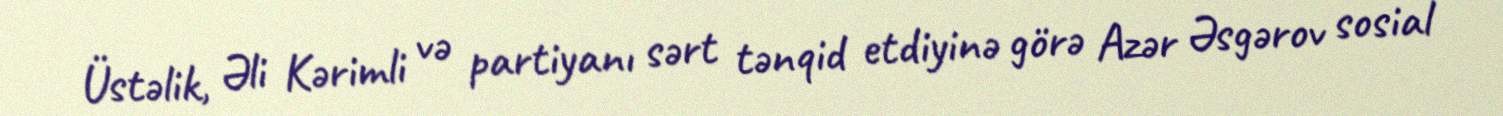
Üstəlik, Əli Kərimli və partiyanı sərt tənqid etdiyinə görə Azər Əsgərov sosial